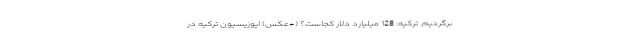
برگردیم. ترکیه: 128 میلیارد دلار کجاست؟ (+عکس) اپوزیسیون ترکیه در